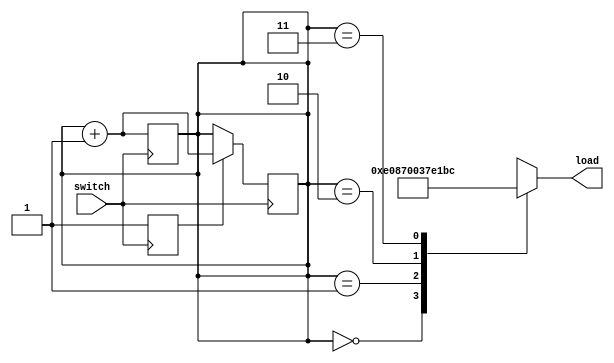
`timescale 1ns / 1ps
//////////////////////////////////////////////////////////////////////////////////
// Company: 
// Engineer: 
// 
// Design Name: 
// Module Name: encoder
// Project Name: 
// Target Devices: 
// Tool Versions: 
// Description: 
// 
// Dependencies: 
// 
// Revision:
// Revision 0.01 - File Created
// Additional Comments:
// 
//////////////////////////////////////////////////////////////////////////////////


module encoder(switch,load);
    input switch;
    output reg [11:0] load;
    
    parameter l1 = 12'd3592;
    parameter l2 = 12'd1792;
    parameter l3 = 12'd894;
    parameter l4 = 12'd444;
    
    reg en;
    reg [1:0]state = 2'b00; 
    always@(posedge switch)
        begin
        state = state + 1;
        en = 1'b1;
        end
    always@(negedge switch)
        begin
        if (en == 1'b1)
            state = state+1;
        end
    always @(state)
    begin
        case(state)
        2'b00 : load = l1;
        2'b01 : load = l2;
        2'b10 : load = l3;
        2'b11 : load = l4;
        endcase
    end
    
endmodule